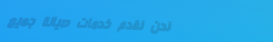
نحن نقدم خدمات صيانة جميع